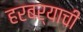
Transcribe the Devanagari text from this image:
हरबर्याची